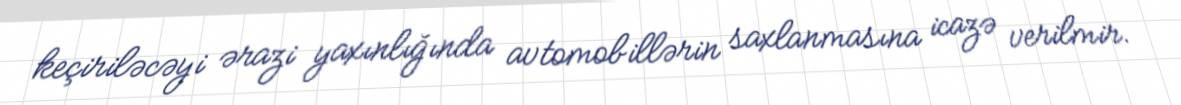
keçiriləcəyi ərazi yaxınlığında avtomobillərin saxlanmasına icazə verilmir.